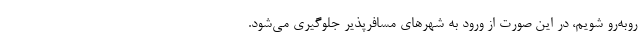
روبه‌رو شویم، در این صورت از ورود به شهرهای مسافرپذیر جلوگیری می‌شود.